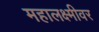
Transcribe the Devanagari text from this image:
महालक्ष्मीवर